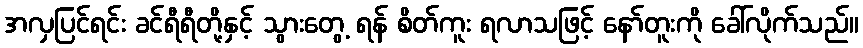
အလှပြင်ရင်း ခင်ရီရီတို့နှင့် သွားတွေ့ ရန် စိတ်ကူး ရလာသဖြင့် နော်တူးကို ခေါ်လိုက်သည်။